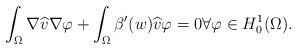
LaTeX: \begin{align*}\int_\Omega \nabla \widehat v \nabla \varphi + \int_ \Omega \beta' (w) \widehat v \varphi = 0 \forall \varphi \in H_0^1 (\Omega). \end{align*}